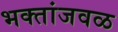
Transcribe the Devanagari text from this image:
भक्तांजवळ